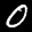
Label: 0